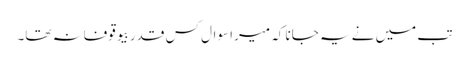
تب میں نے یہ جانا کہ میرا سوال کس قدر بیوقوفانہ تھا۔